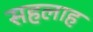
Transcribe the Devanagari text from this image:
सहलाह